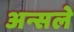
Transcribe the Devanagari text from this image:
अन्सले